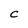
Character: C